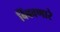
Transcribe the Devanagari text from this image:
बिंबवणारे